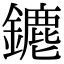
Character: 䥝